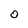
Character: 0